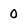
Character: 0